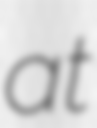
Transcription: at